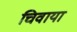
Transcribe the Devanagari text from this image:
चिवाया